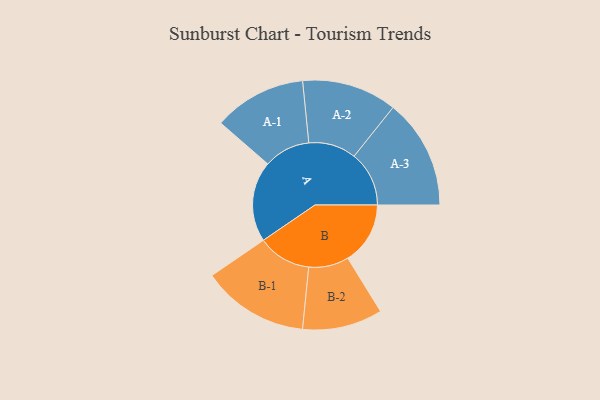
{"axis": {"x": "Segment", "y": "Value"}, "legend": ["", "A", "B"], "data": [{"x": "A", "y": 421, "type": ""}, {"x": "B", "y": 326, "type": ""}, {"x": "A-1", "y": 242, "type": "A"}, {"x": "A-2", "y": 248, "type": "A"}, {"x": "A-3", "y": 287, "type": "A"}, {"x": "B-1", "y": 279, "type": "B"}, {"x": "B-2", "y": 209, "type": "B"}]}